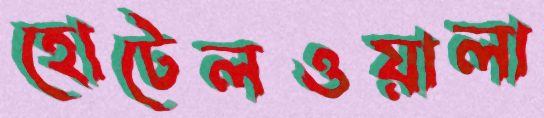
হোটেলওয়ালা